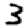
Digit: 3